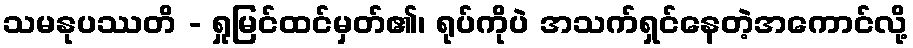
သမနုပဿတိ - ရှုမြင်ထင်မှတ်၏၊ ရုပ်ကိုပဲ အသက်ရှင်နေတဲ့အကောင်လို့